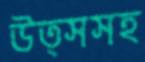
উত্সসহ